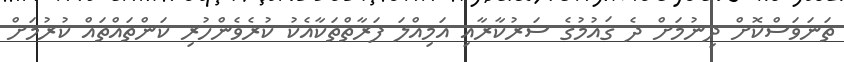
ތަނަވަސްކޮށް ދިނުމަށް ދެ ޤައުމުގެ ސަރުކާރާއި އަމިއްލަ ފަރާތްތަކާއެކު ކުރެވެންހުރި ކަންތައްތައް ކުރުމަށް